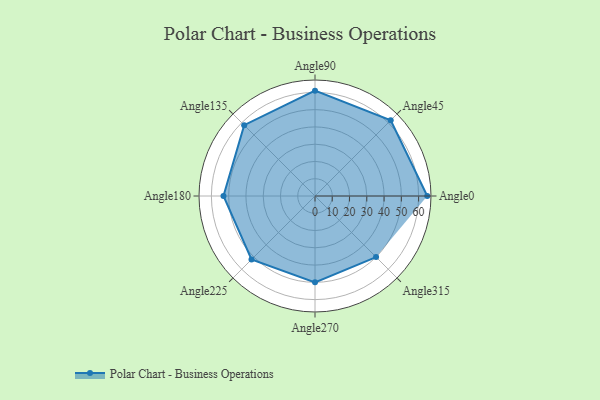
{"axis": {"x": "Angle", "y": "Radius"}, "legend": [""], "data": [{"x": "Angle0", "y": 65.0, "type": ""}, {"x": "Angle45", "y": 62.0, "type": ""}, {"x": "Angle90", "y": 61.0, "type": ""}, {"x": "Angle135", "y": 58.0, "type": ""}, {"x": "Angle180", "y": 53.0, "type": ""}, {"x": "Angle225", "y": 52.0, "type": ""}, {"x": "Angle270", "y": 50, "type": ""}, {"x": "Angle315", "y": 50, "type": ""}]}